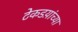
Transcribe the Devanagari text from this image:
टेकडय़ांच्या